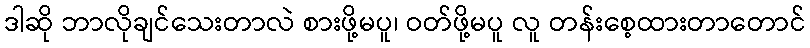
ဒါဆို ဘာလိုချင်သေးတာလဲ စားဖို့မပူ၊ ဝတ်ဖို့မပူ လူ တန်းစေ့ထားတာတောင်